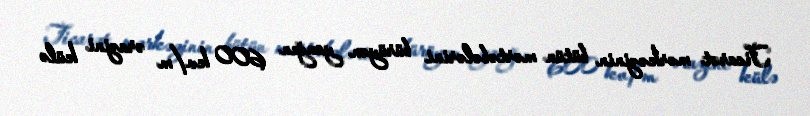
Ticarət mərkəzinin bütün mərtəbələrini bürüyən yanğın 600 kv/m ərazini külə